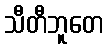
သီတီဘူတေ